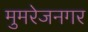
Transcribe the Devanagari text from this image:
मुमरेजनगर